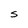
Character: S